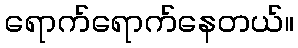
ရောက်ရောက်နေတယ်။